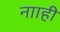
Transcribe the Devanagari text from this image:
नााही